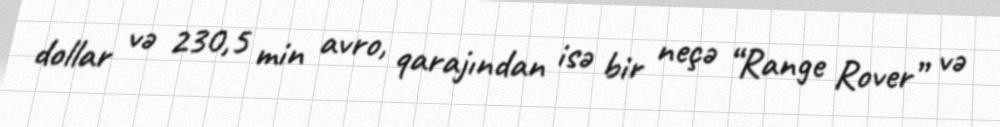
dollar və 230,5 min avro, qarajından isə bir neçə “Range Rover” və